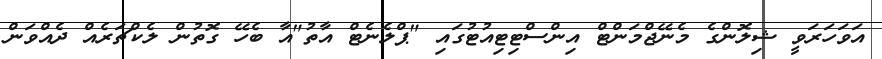
އަވަހަރަވީ ޝިލޮންގެ މެނޭޖްމަންޓް އިންސްޓިޓިއުޓުގައި "ޕްލެނެޓް އާތު"އާ ބެހޭ ގޮތުން ލެކްޗަރެއް ދެއްވަން